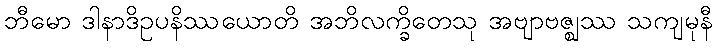
ဘီမော ဒါနာဒိဥပနိဿယောတိ အဘိလက္ခိတေသု အဗျာဗဇ္ဈဿ သကျမုနီ